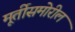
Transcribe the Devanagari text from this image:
मूर्तीसमोरील